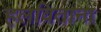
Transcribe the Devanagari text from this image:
हलविताना